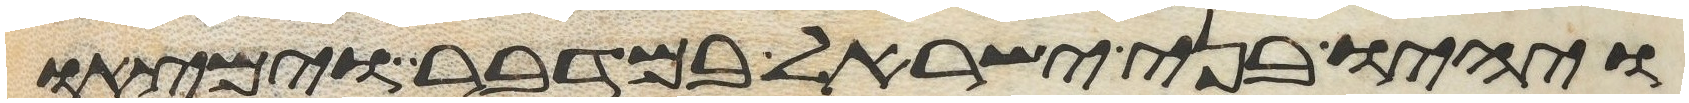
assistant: ויהיו בני ישראל במדבר וימצאו